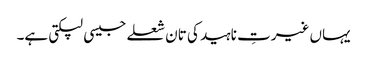
یہاں غیرتِ ناہید کی تان شعلے جیسی لپکتی ہے۔